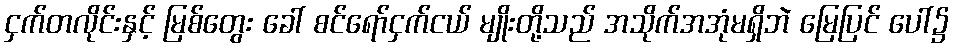
ငှက်တလိုင်းနှင့် မြစ်တွေး ခေါ် စင်ရော်ငှက်ငယ် မျိုးတို့သည် အသိုက်အအုံမရှိဘဲ မြေပြင် ပေါ်၌